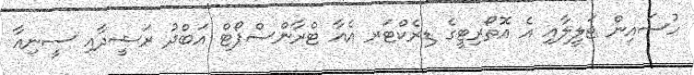
ހުސައިން ޖަލީލާއި އެ އޮތޯރިޓީގެ ޑިރެކްޓަރ އެއާ ޓްރާންސްޕޯޓް އަބްދު ރަޝީދާއި ސީނިއާ